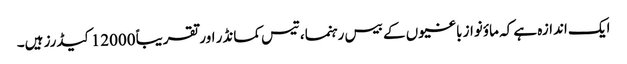
ایک اندازہ ہے کہ ماؤنواز باغیوں کے بیس رہنما، تیس کمانڈر اور تقریباً 12000 کیڈرز ہیں۔